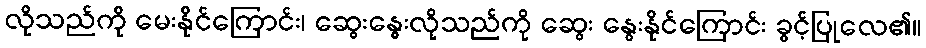
လိုသည်ကို မေးနိုင်ကြောင်း၊ ဆွေးနွေးလိုသည်ကို ဆွေး နွေးနိုင်ကြောင်း ခွင့်ပြုလေ၏။